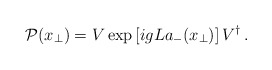
\begin{align*}{\cal P}({x}_\bot)= V \exp\left[ ig L a_-(x_{\bot}) \right] V^{\dagger} \, .\end{align*}